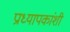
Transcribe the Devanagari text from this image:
प्राध्यापकांशी